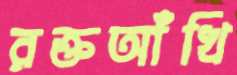
রক্তআঁখি